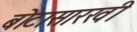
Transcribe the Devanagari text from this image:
बोटासारखी